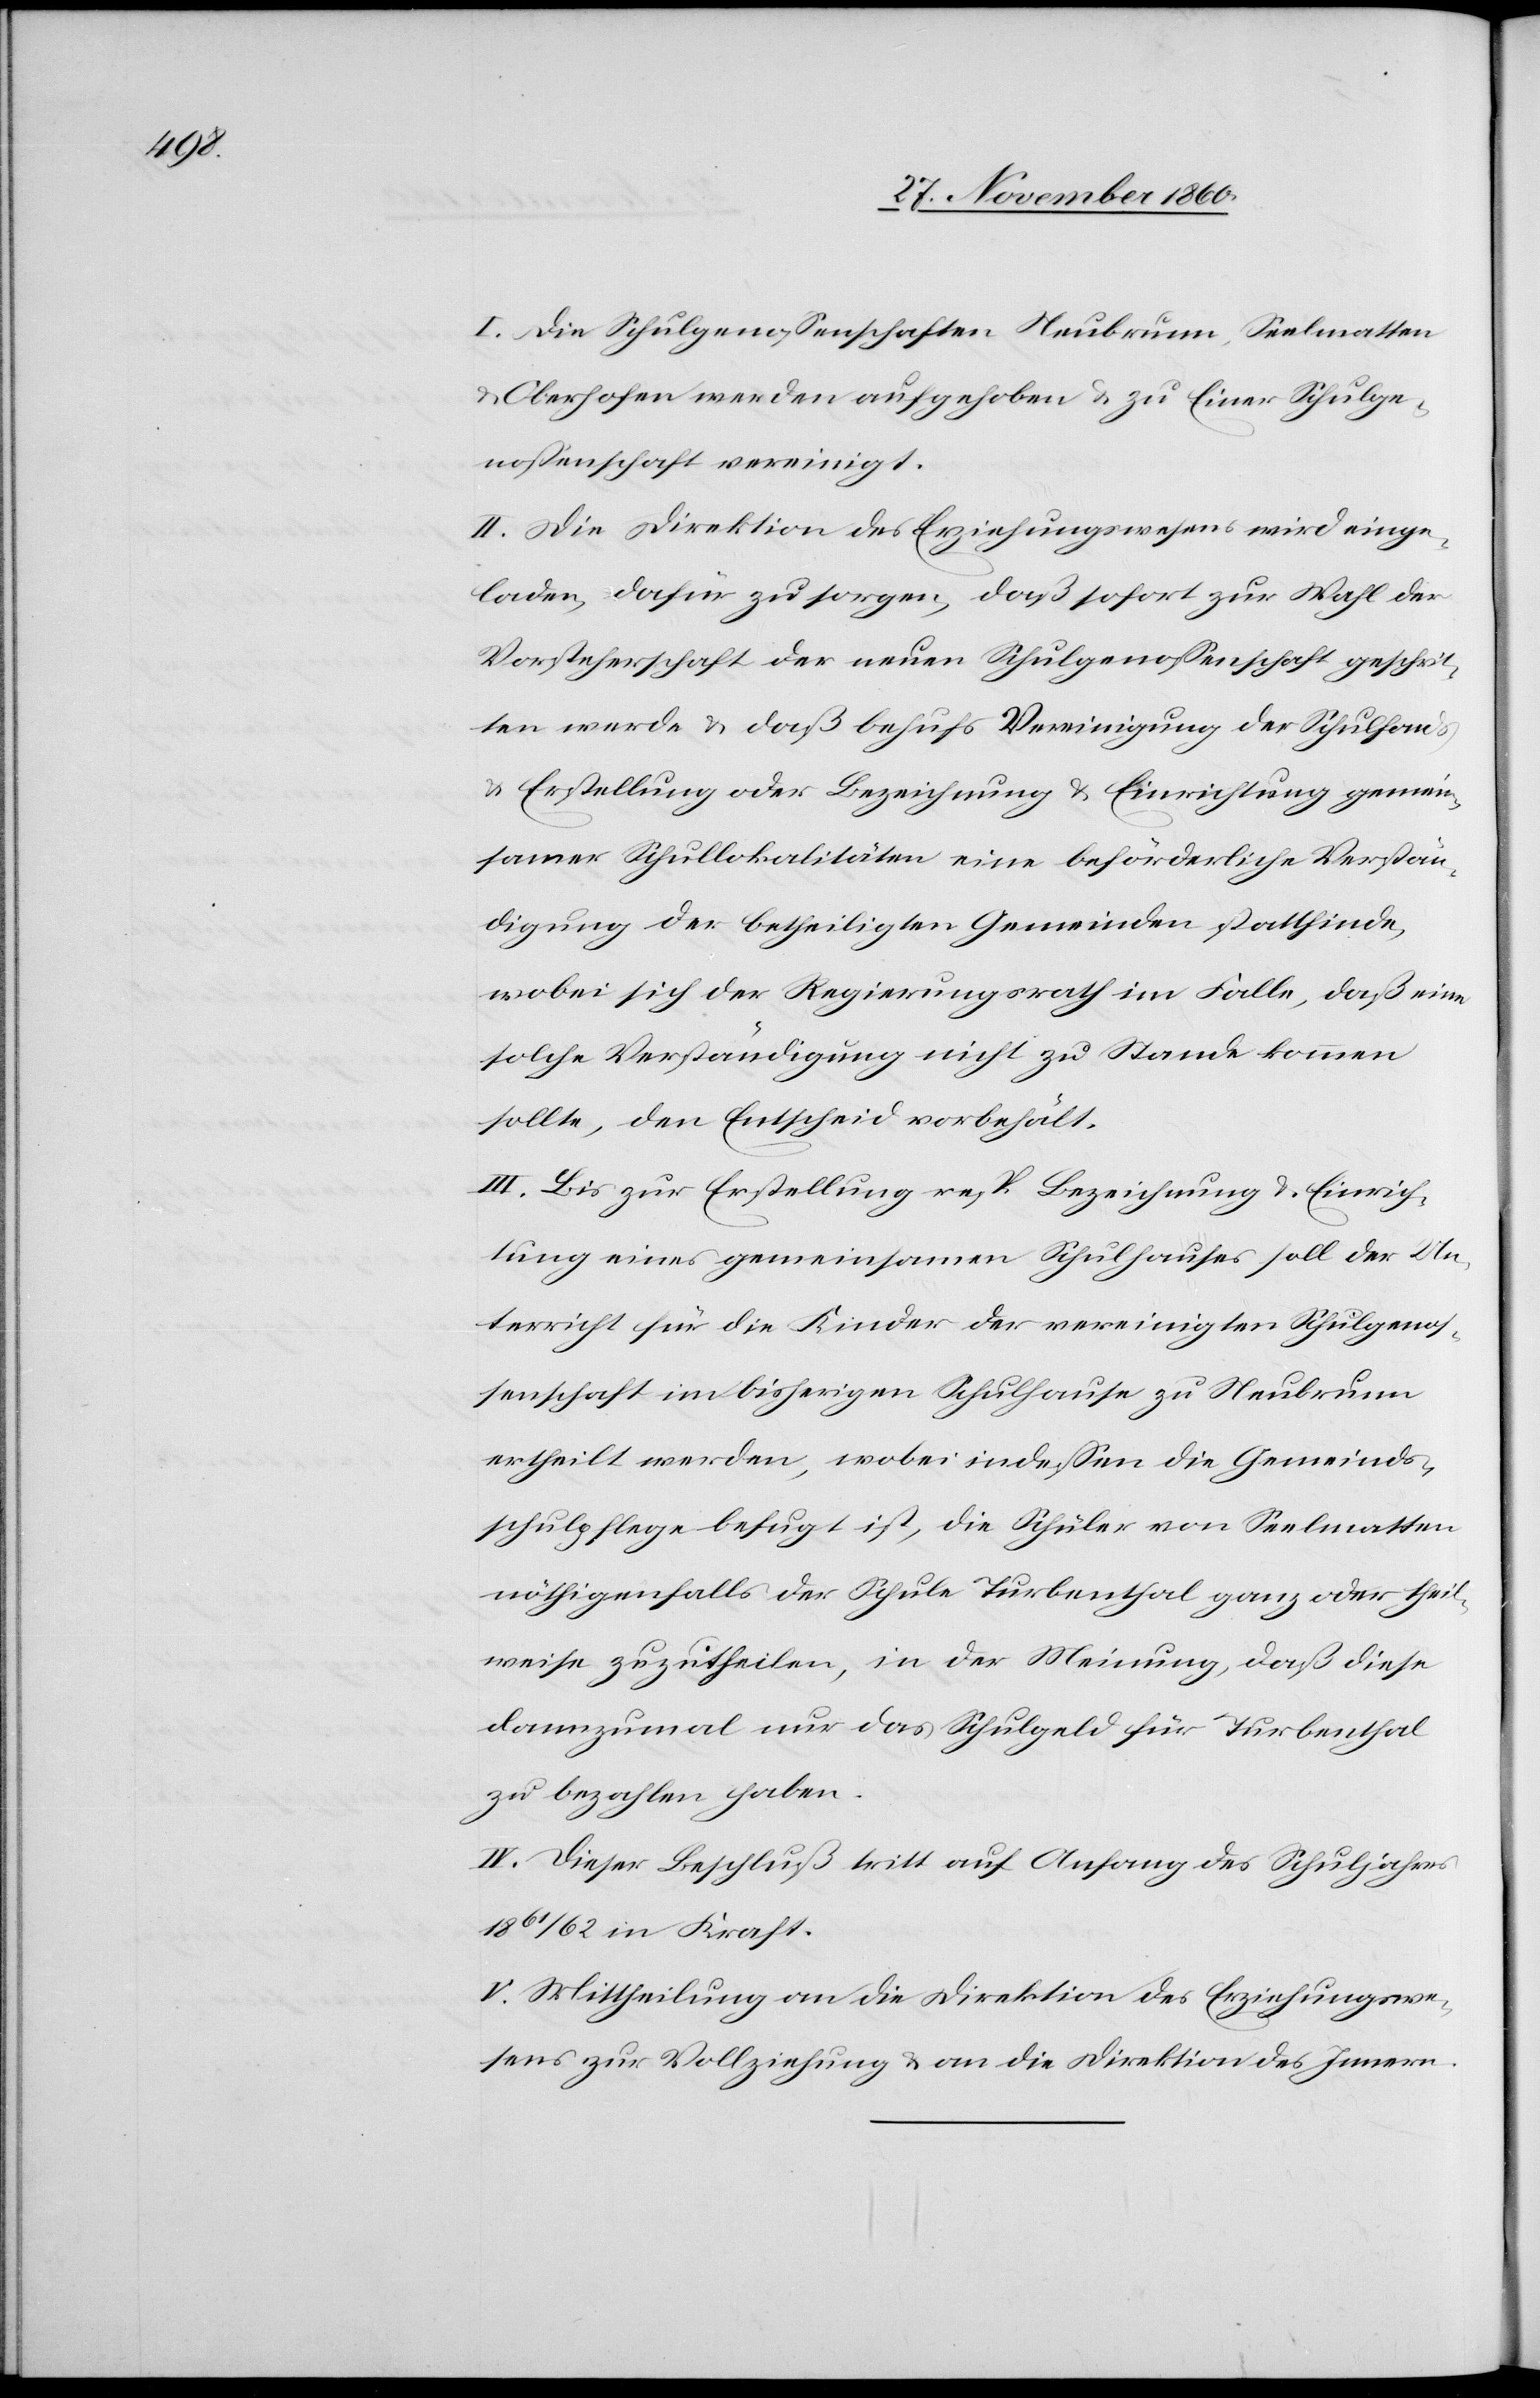
I. Die Schulgenossenschaften Neubrunn, Seelmatten
u. Oberhofen werden aufgehoben u. zu Einer Schulge¬
nossenschaft vereinigt.
II. Die Direktion des Erziehungswesens wird einge¬
laden, dafür zu sorgen, daß sofort zur Wahl der
Vorsteherschaft der neuen Schulgenossenschaft geschrit¬
ten werde u. daß behufs Vereinigung der Schulfonds
u. Erstellung oder Bezeichnung u. Einrichtung gemein¬
samer Schullokalitäten eine beförderliche Verstän¬
digung der betheiligten Gemeinden stattfinde,
wobei sich der Regierungsrath im Falle, daß eine
solche Verständigung nicht zu Stande kommen
sollte, den Entscheid vorbehält.
III. Bis zur Erstellung resp. Bezeichnung u. Einrich¬
tung eines gemeinsamen Schulhauses soll der Un¬
terricht für die Kinder der vereinigten Schulgenos¬
senschaft im bisherigen Schulhause zu Neubrunn
ertheilt werden, wobei indessen die Gemeinds¬
schulpflege befugt ist, die Schüler von Seelmatten
nöthigenfalls der Schule Turbenthal ganz oder theil¬
weise zuzutheilen, in der Meinung, daß diese
dannzumal nur das Schulgeld für Turbenthal
zu bezahlen haben.
IV. Dieser Beschluß tritt auf Anfang des Schuljahres
1861/62 in Kraft.
V. Mittheilung an die Direktion des Erziehungswe¬
sens zur Vollziehung u. an die Direktion des Innern.